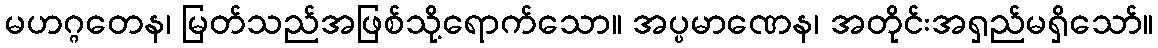
မဟဂ္ဂတေန၊ မြတ်သည်အဖြစ်သို့ရောက်သော။ အပ္ပမာဏေန၊ အတိုင်းအရှည်မရှိသော်။